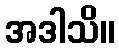
အဒါသိ။